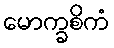
မောက္ခစိကံ